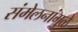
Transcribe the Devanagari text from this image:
संमेलनांमुळे